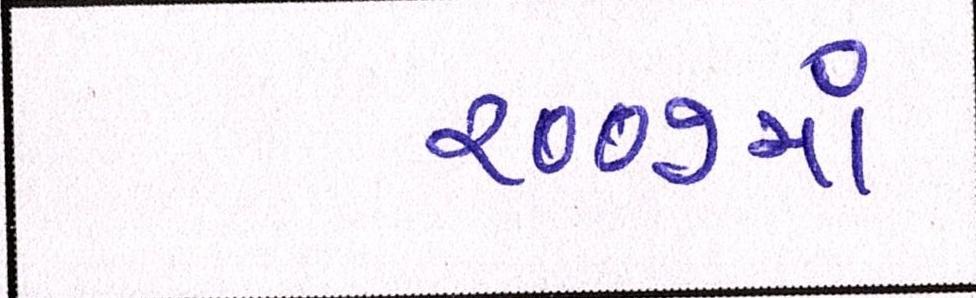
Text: ૨૦૦૭માં